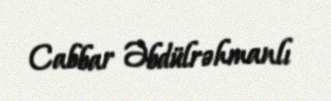
Cabbar Əbdülrəhmanlı